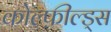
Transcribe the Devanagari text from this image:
कोल्फ़ील्ड्स